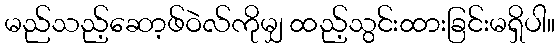
မည်သည့်ဆော့ဖ်ဝဲလ်ကိုမျှ ထည့်သွင်းထားခြင်းမရှိပါ။